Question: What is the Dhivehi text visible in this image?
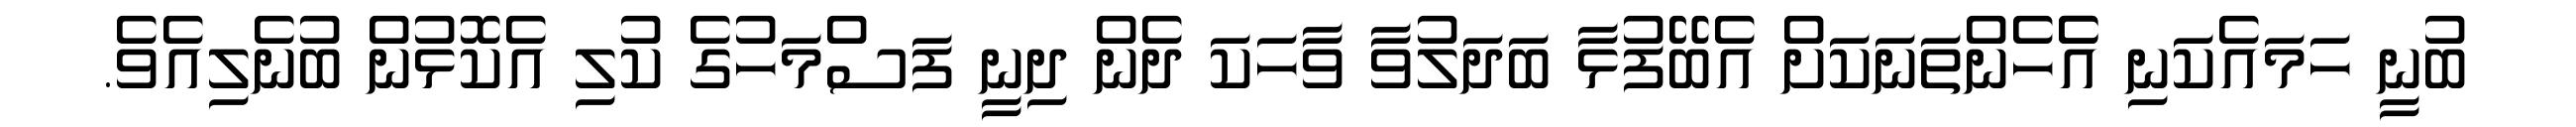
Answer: ބުނީ ހަމައެކަނި އެެހެންތަނަކަށް އެބޭފުޅާ ބަދަލުވާ ވާހަކަ ދެން ދިނީ ފަސްމަހުގެ ކުލި އެކޮޅުން ބުނެލިއެވެ.